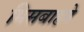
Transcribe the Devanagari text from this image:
मिसबाहने